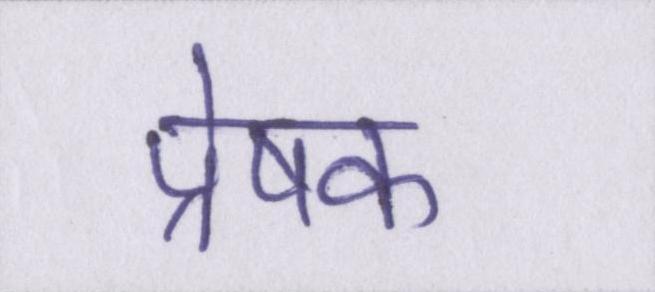
प्रेषक